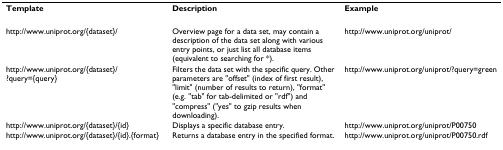
<table><thead><tr><td><b>Template</b></td><td><b>Description</b></td><td><b>Example</b></td></tr></thead><tbody><tr><td>http://www.uniprot.org/{dataset}/</td><td>Overview page for a data set, may contain a description of the data set along with various entry points, or just list all database items (equivalent to searching for *).</td><td>http://www.uniprot.org/uniprot/</td></tr><tr><td>http://www.uniprot.org/{dataset}/?query={query}</td><td>Filters the data set with the specific query. Other parameters are &quot;offset&quot; (index of first result), &quot;limit&quot; (number of results to return), &quot;format&quot; (e.g. &quot;tab&quot; for tab-delimited or &quot;rdf&quot;) and &quot;compress&quot; (&quot;yes&quot; to gzip results when downloading).</td><td>http://www.uniprot.org/uniprot/?query=green</td></tr><tr><td>http://www.uniprot.org/{dataset}/{id}</td><td>Displays a specific database entry.</td><td>http://www.uniprot.org/uniprot/P00750</td></tr><tr><td>http://www.uniprot.org/{dataset}/{id}.{format}</td><td>Returns a database entry in the specified format.</td><td>http://www.uniprot.org/uniprot/P00750.rdf</td></tr></tbody></table>